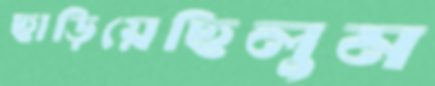
ছাড়িয়েছিলুম